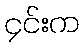
၄င်းက